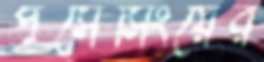
প্রসেসিংয়ের